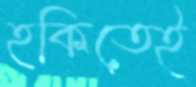
হকিতেই